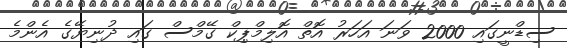
ސިޑްނީގައި 2000 ވަނަ އަހަރު އޮތް އޮލިމްޕިކް ގޭމްސް ގައި ދުނިޔޭގެ އެންމެ